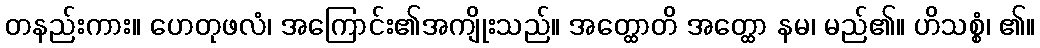
တနည်းကား။ ဟေတုဖလံ၊ အကြောင်း၏အကျိုးသည်။ အတ္ထောတိ အတ္ထော နမ၊ မည်၏။ ဟိသစ္စံ၊ ၏။